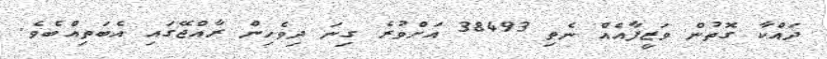
ދައްކާ ގޮތުން ވަޒީފާއެއް ނެތި 38493 އަށްވުރެ ގިނަ ދިވެހިން ރާއްޖޭގައި އެބަތިއްބެވެ.